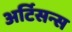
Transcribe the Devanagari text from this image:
अर्टिसन्स